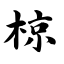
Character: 椋